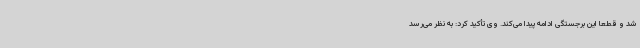
شد و قطعاً این برجستگی ادامه پیدا می‌کند. وی تأکید کرد: به نظر می‌رسد